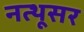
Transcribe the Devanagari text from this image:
नत्थूसर